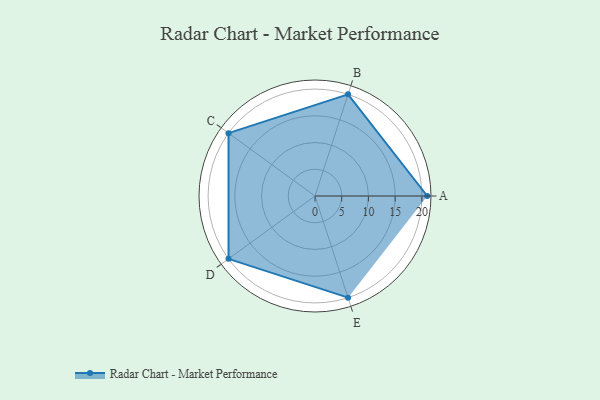
{"axis": {"x": "Skill", "y": "Score"}, "legend": ["Profile"], "data": [{"x": "A", "y": 21.0, "type": "Profile"}, {"x": "B", "y": 20, "type": "Profile"}, {"x": "C", "y": 20, "type": "Profile"}, {"x": "D", "y": 20, "type": "Profile"}, {"x": "E", "y": 20, "type": "Profile"}]}